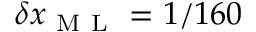
\delta x _ { \mathrm { ~ M ~ L ~ } } = 1 / 1 6 0